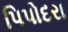
પિપોદરા